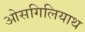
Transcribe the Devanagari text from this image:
ओसगिलियाथ